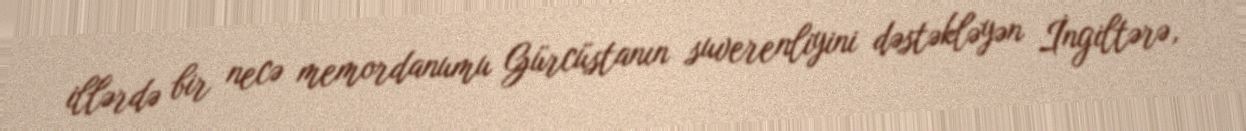
illərdə bir necə memordanumu Gürcüstanın suverenliyini dəstəkləyən İngiltərə,